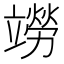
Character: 𫁭